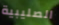
الصليبية